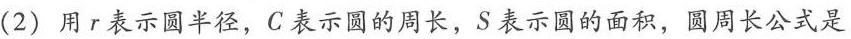
(2)用r表示圆半径，C表示圆的周长，S表示圆的面积，圆周长公式是